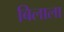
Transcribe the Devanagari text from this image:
बिलाला